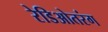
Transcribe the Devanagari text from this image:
रेडिओतरंग